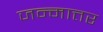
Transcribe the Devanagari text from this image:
जन्मात्तर